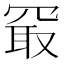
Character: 𪞔